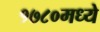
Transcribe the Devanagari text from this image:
१७८०मध्ये